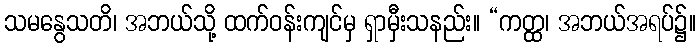
သမနွေသတိ၊ အဘယ်သို့ ထက်ဝန်းကျင်မှ ရှာမှီးသနည်း။ “ကတ္ထ၊ အဘယ်အရပ်၌။